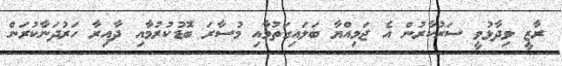
ރާޒީ ވިދާޅުވީ ސަރުކާރުން އެ ޖަމިއްޔާ ބަލައިގަތުމާއި މުސާރަ ބޮޑުކުރުމާއި ދާއިރާ ހަރުދަނާކުރަން